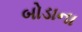
બોડાના